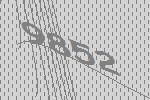
9852